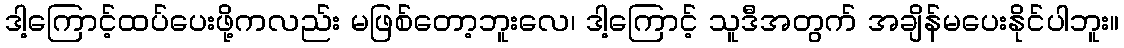
ဒါ့ကြောင့်ထပ်ပေးဖို့ကလည်း မဖြစ်တော့ဘူးလေ၊ ဒါ့ကြောင့် သူဒီအတွက် အချိန်မပေးနိုင်ပါဘူး။